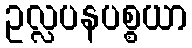
ဥလ္လပနပစ္စယာ